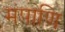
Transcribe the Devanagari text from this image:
मंपाणि